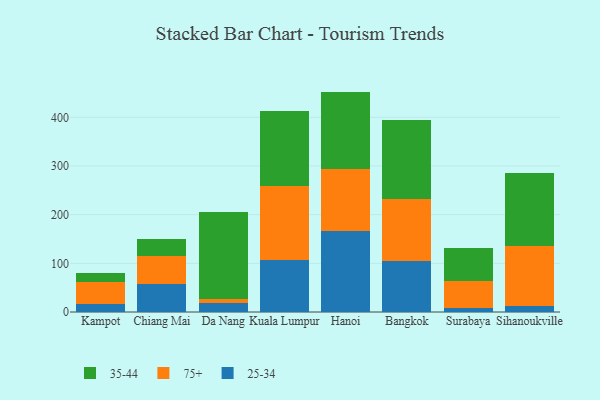
{"axis": {"x": "City", "y": "Humidity (%)"}, "legend": ["25-34", "35-44", "75+"], "data": [{"x": "Kampot", "y": 17.3, "type": "25-34"}, {"x": "Kampot", "y": 44.0, "type": "75+"}, {"x": "Kampot", "y": 19.6, "type": "35-44"}, {"x": "Chiang Mai", "y": 56.7, "type": "25-34"}, {"x": "Chiang Mai", "y": 58.4, "type": "75+"}, {"x": "Chiang Mai", "y": 34.6, "type": "35-44"}, {"x": "Da Nang", "y": 18.9, "type": "25-34"}, {"x": "Da Nang", "y": 7.8, "type": "75+"}, {"x": "Da Nang", "y": 178.5, "type": "35-44"}, {"x": "Kuala Lumpur", "y": 106.8, "type": "25-34"}, {"x": "Kuala Lumpur", "y": 152.5, "type": "75+"}, {"x": "Kuala Lumpur", "y": 153.7, "type": "35-44"}, {"x": "Hanoi", "y": 166.2, "type": "25-34"}, {"x": "Hanoi", "y": 127.4, "type": "75+"}, {"x": "Hanoi", "y": 159.2, "type": "35-44"}, {"x": "Bangkok", "y": 104.7, "type": "25-34"}, {"x": "Bangkok", "y": 127.9, "type": "75+"}, {"x": "Bangkok", "y": 162.3, "type": "35-44"}, {"x": "Surabaya", "y": 8.2, "type": "25-34"}, {"x": "Surabaya", "y": 56.4, "type": "75+"}, {"x": "Surabaya", "y": 66.2, "type": "35-44"}, {"x": "Sihanoukville", "y": 11.4, "type": "25-34"}, {"x": "Sihanoukville", "y": 125.2, "type": "75+"}, {"x": "Sihanoukville", "y": 148.5, "type": "35-44"}]}